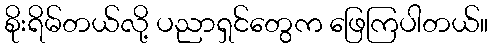
စိုးရိမ်တယ်လို့ ပညာရှင်တွေက ဖြေကြပါတယ်။